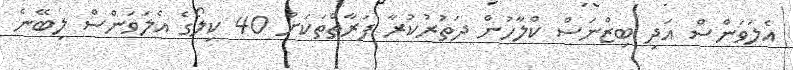
އެލަވަންސް އަދި ބިޒްނަސް ކްލާހުން ދަތުރުކުރާ ފަރާތްތަކަށް 40 ކިލޯގެ އެލަވަންސް ލިބޭނެ